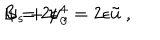
LaTeX: B = 2 \epsilon ~ , \hspace { 1 c m } \psi _ { s } + \psi _ { 0 } ^ { 4 } = 2 \epsilon \tilde { u } ~ ,